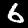
Label: 6